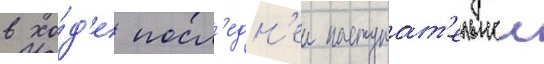
в хо́д'е посл'едн'еи наступат'ельнои